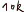
Text: 10k